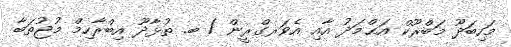
މަހިބަދޫ މަބްރޫކް އަޙްމަދު އާއި އެވަރގްރީން / ބ. ތުޅާދޫ އިބްރާހިމް މުޖުތަބާ